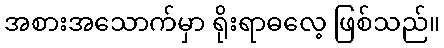
အစားအသောက်မှာ ရိုးရာဓလေ့ ဖြစ်သည်။